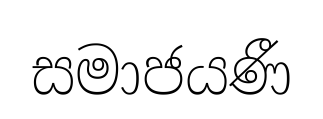
සමාජයණී